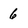
Character: 6